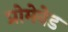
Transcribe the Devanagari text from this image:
प्रोमेनेड